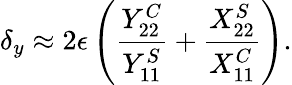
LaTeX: \delta_{y}\approx 2\epsilon\left(\frac{Y_{22}^{C}}{Y_{11}^{S}}+\frac{X_{22}^{S}}{X_{11}^{C}}\right).